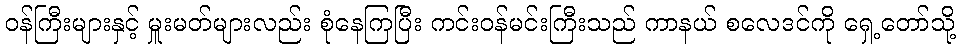
ဝန်ကြီးများနှင့် မှူးမတ်များလည်း စုံနေကြပြီး ကင်းဝန်မင်းကြီးသည် ကာနယ် စလေဒင်ကို ရှေ့တော်သို့